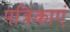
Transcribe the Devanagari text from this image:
पत्रिकाएं